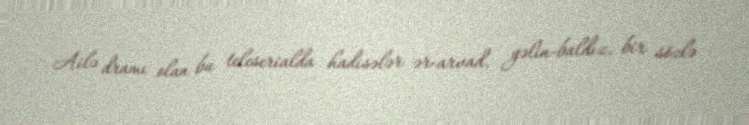
Ailə dramı olan bu teleserialda hadisələr ər-arvad, gəlin-baldız, bir sözlə